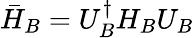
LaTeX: \bar{H}_{B}=U_{B}^{\dagger}H_{B}U_{B}